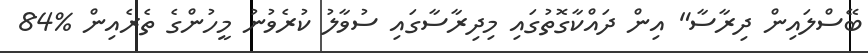
ބޭސްލައިން ދިރާސާ" އިން ދައްކާގޮތުގައި މިދިރާސާގައި ސުވާލު ކުރެވުނު މީހުންގެ ތެރެއިން %84